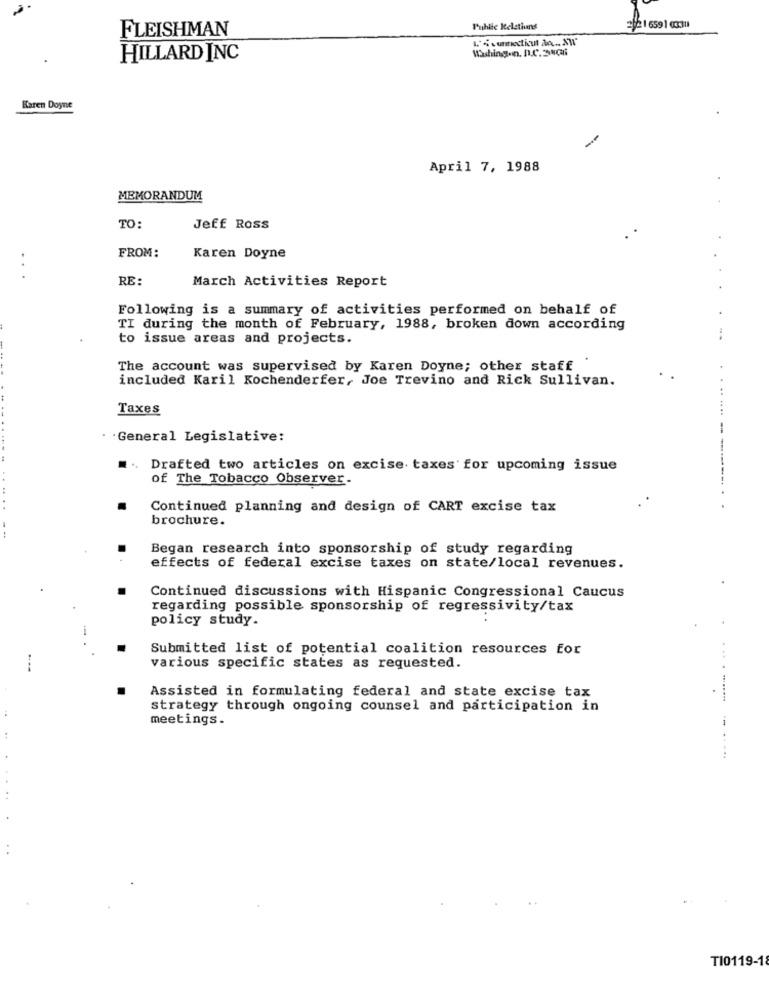
FLEISHMAN
Public Relations
26216591 3:311
Washing.n. D.C.3NGA
HILLARD INC
Karen Doyne
April 7, 1988
MEMORANDUM
TO:
Jeff Ross
..
FROM:
Karen Doyne
RE:
March Activities Report
Following is a summary of activities performed on behalf of
TI during the month of February, 1988, broken down according
to issue areas and projects.
The account was supervised by Karen Doyne; other staff
included Karil Kochenderfer, Joe Trevino and Rick Sullivan.
Taxes
---
·General Legislative:
Drafted two articles on excise taxes for upcoming issue
of The Tobacco Observer-
Continued planning and design of CART excise tax
brochure.
Began research into sponsorship of study regarding
effects of federal excise taxes on state/local revenues.
Continued discussions with Hispanic Congressional Caucus
regarding possible sponsorship of regressivity/tax
policy study.
Submitted list of potential coalition resources for
various specific states as requested.
Assisted in formulating federal and state excise tax
.... ........
strategy through ongoing counsel and participation in
meetings.
TI0119-18